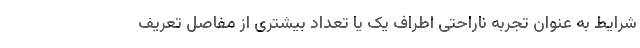
شرایط به عنوان تجربه ناراحتی اطراف یک یا تعداد بیشتری از مفاصل تعریف